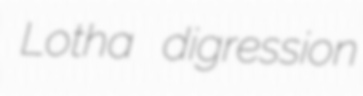
Lotha digression